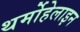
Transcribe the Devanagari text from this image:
थर्मोहेलाइन